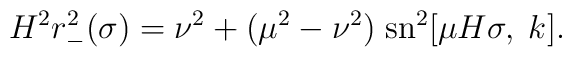
H^2r_-^2(\sigma)=\nu^2+(\mu^2-\nu^2)\;\mbox{sn}^2[\mu H\sigma,\;k].